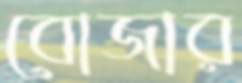
বোজার